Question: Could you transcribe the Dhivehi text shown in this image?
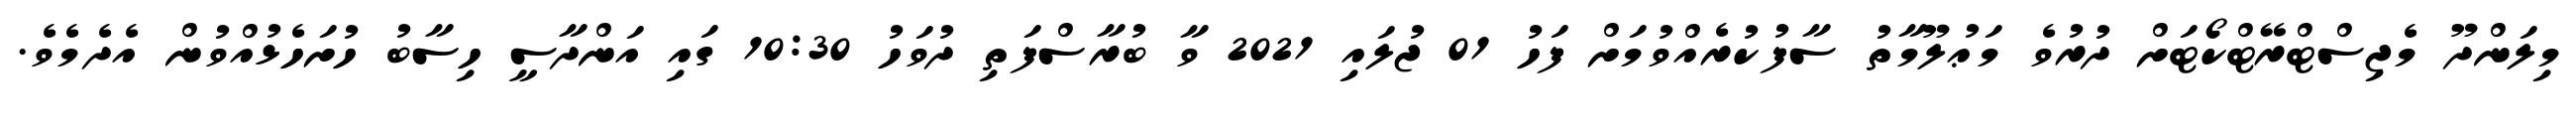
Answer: މިލަންދޫ މެޖިސްޓްރޭޓްކޯޓަށް ދުރުވެ މަޢުލޫމާތު ސާފުކުރެއްވުމަށް ފަހު 01 ޖުލައި 2021 ވާ ބުރާސްފަތި ދުވަހު 10:30 ގައި އަންދާސީ ހިސާބު ހުށަހެޅުއްވުން އެދެމެވެ.